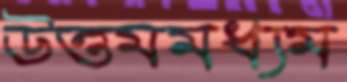
উত্তমমধ্যম